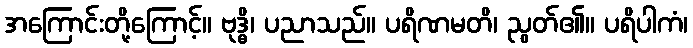
အကြောင်းတို့ကြောင့်။ ဗုဒ္ဓိ၊ ပညာသည်။ ပရိဏမတိ၊ ညွတ်၏။ ပရိပါကံ၊